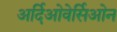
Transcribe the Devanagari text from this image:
अर्दिओवेर्सिओन